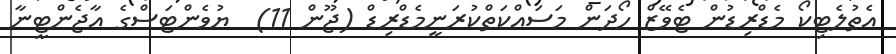
އެތުލެޓިކޯ މެޑްރިޑުން ޓެވޭޒް ހޯދަން މަސައްކަތްކުރަނީމެޑްރިޑް (ޖޫން 11)  ޔުވެންޓަސްގެ އާޖެންޓީނާ